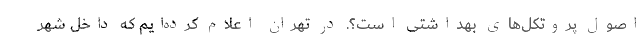
اصول پروتکل‌های بهداشتی است؟. در تهران اعلام کرده‌ایم که داخل شهر